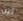
أين